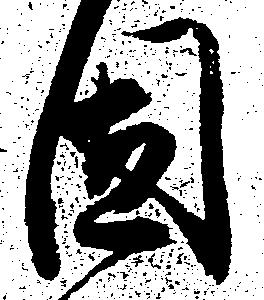
固